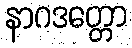
နာဂဒတ္တော